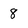
Character: 8